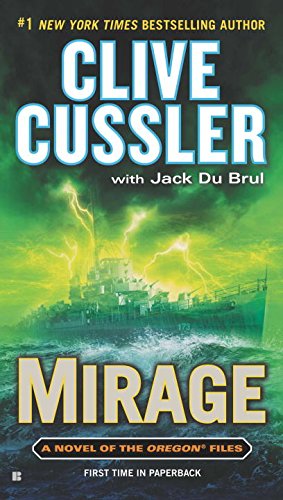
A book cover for Mirage (The Oregon Files); Clive Cussler; Mystery, Thriller & Suspense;